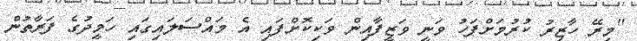
"މިރޭ ހާޒިރު ކުރުމަށްފަހު ވަނީ ވަޒީފާއިން ވަކިކޮށްފައި އެ މައްސަލައިގައި ހަމީދުގެ ފަރާތުން